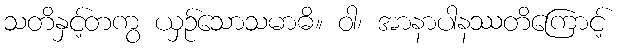
သတိနှင့်တကွ ယှဉ်သောသမာဓိ။ ဝါ၊ အာနာပါနဿတိကြောင့်